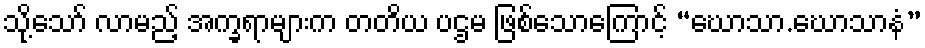
သို့သော် လာမည့် အက္ခရာများက တတိယ ပဌမ ဖြစ်သောကြောင့် “ဃောသာ.ဃောသာနံ”